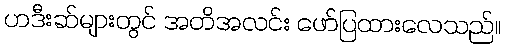
ဟဒီးဆ်များတွင် အတိအလင်း ဖော်ပြထားလေသည်။